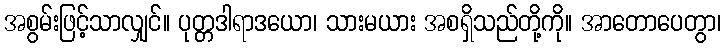
အစွမ်းဖြင့်သာလျှင်။ ပုတ္တဒါရာဒယော၊ သားမယား အစရှိသည်တို့ကို။ အာတောပေတွာ၊